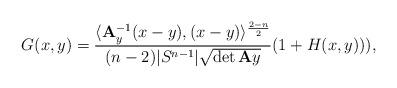
LaTeX: \begin{align*} G(x,y)=\frac{\langle {\bf A}_y^{-1}(x-y),(x-y)\rangle^{\frac{2-n}{2}}}{(n-2)|S^{n-1}|\sqrt{\det{\bf A}y}}(1+H(x,y))), \end{align*}